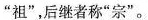
”祖”，后继者称”宗”，